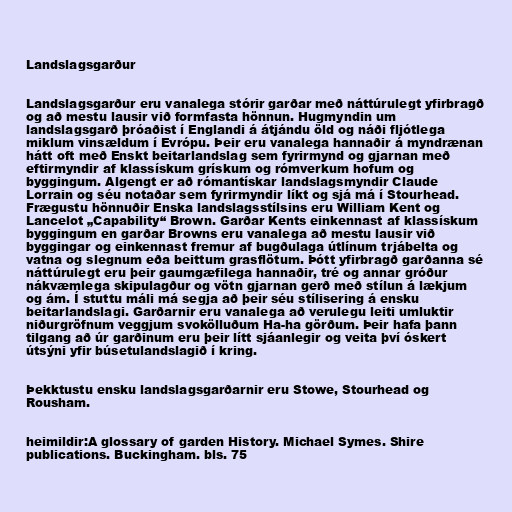
Landslagsgarður

Landslagsgarður eru vanalega stórir garðar með náttúrulegt yfirbragð
og að mestu lausir við formfasta hönnun. Hugmyndin um
landslagsgarð þróaðist í Englandi á átjándu öld og náði fljótlega
miklum vinsældum í Evrópu. Þeir eru vanalega hannaðir á myndrænan
hátt oft með Enskt beitarlandslag sem fyrirmynd og gjarnan með
eftirmyndir af klassískum grískum og rómverkum hofum og
byggingum. Algengt er að rómantískar landslagsmyndir Claude
Lorrain og séu notaðar sem fyrirmyndir líkt og sjá má í Stourhead.
Frægustu hönnuðir Enska landslagsstílsins eru William Kent og
Lancelot „Capability“ Brown. Garðar Kents einkennast af klassískum
byggingum en garðar Browns eru vanalega að mestu lausir við
byggingar og einkennast fremur af bugðulaga útlínum trjábelta og
vatna og slegnum eða beittum grasflötum. Þótt yfirbragð garðanna sé
náttúrulegt eru þeir gaumgæfilega hannaðir, tré og annar gróður
nákvæmlega skipulagður og vötn gjarnan gerð með stílun á lækjum
og ám. Í stuttu máli má segja að þeir séu stílisering á ensku
beitarlandslagi. Garðarnir eru vanalega að verulegu leiti umluktir
niðurgröfnum veggjum svokölluðum Ha-ha görðum. Þeir hafa þann
tilgang að úr garðinum eru þeir lítt sjáanlegir og veita því óskert
útsýni yfir búsetulandslagið í kring.

Þekktustu ensku landslagsgarðarnir eru Stowe, Stourhead og
Rousham.

heimildir:A glossary of garden History. Michael Symes. Shire
publications. Buckingham. bls. 75